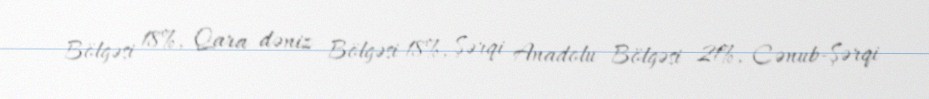
Bölgəsi 18%, Qara dəniz Bölgəsi 18%, Şərqi Anadolu Bölgəsi 21%, Cənub-Şərqi